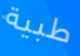
طبية